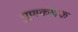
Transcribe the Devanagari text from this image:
गुणकथक